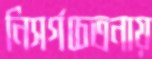
নিসর্গচেতনায়